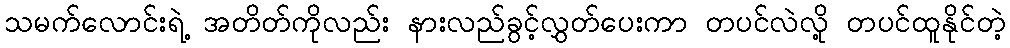
သမက်လောင်းရဲ့ အတိတ်ကိုလည်း နားလည်ခွင့်လွှတ်ပေးကာ တပင်လဲလို့ တပင်ထူနိုင်တဲ့